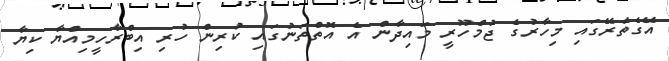
އޭގެތެރޭގައި މިހާރުގެ ޖުމްހޫރީ މައިދާން އެ އޮތްތަނުގައި ކުރިން ހުރި އިބްރާހީމިއްޔާ ކިޔާ